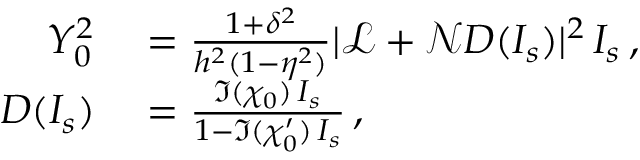
\begin{array} { r l } { Y _ { 0 } ^ { 2 } } & { { } = \frac { 1 + \delta ^ { 2 } } { h ^ { 2 } ( 1 - \eta ^ { 2 } ) } | \mathcal { L } + \mathcal { N } D ( I _ { s } ) | ^ { 2 } \, I _ { s } \, , } \\ { D ( I _ { s } ) } & { { } = \frac { \Im { ( \chi _ { 0 } ) } \, I _ { s } } { 1 - \Im { ( \chi _ { 0 } ^ { \prime } ) } \, I _ { s } } \, , } \end{array}